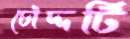
চৌদ্দটি